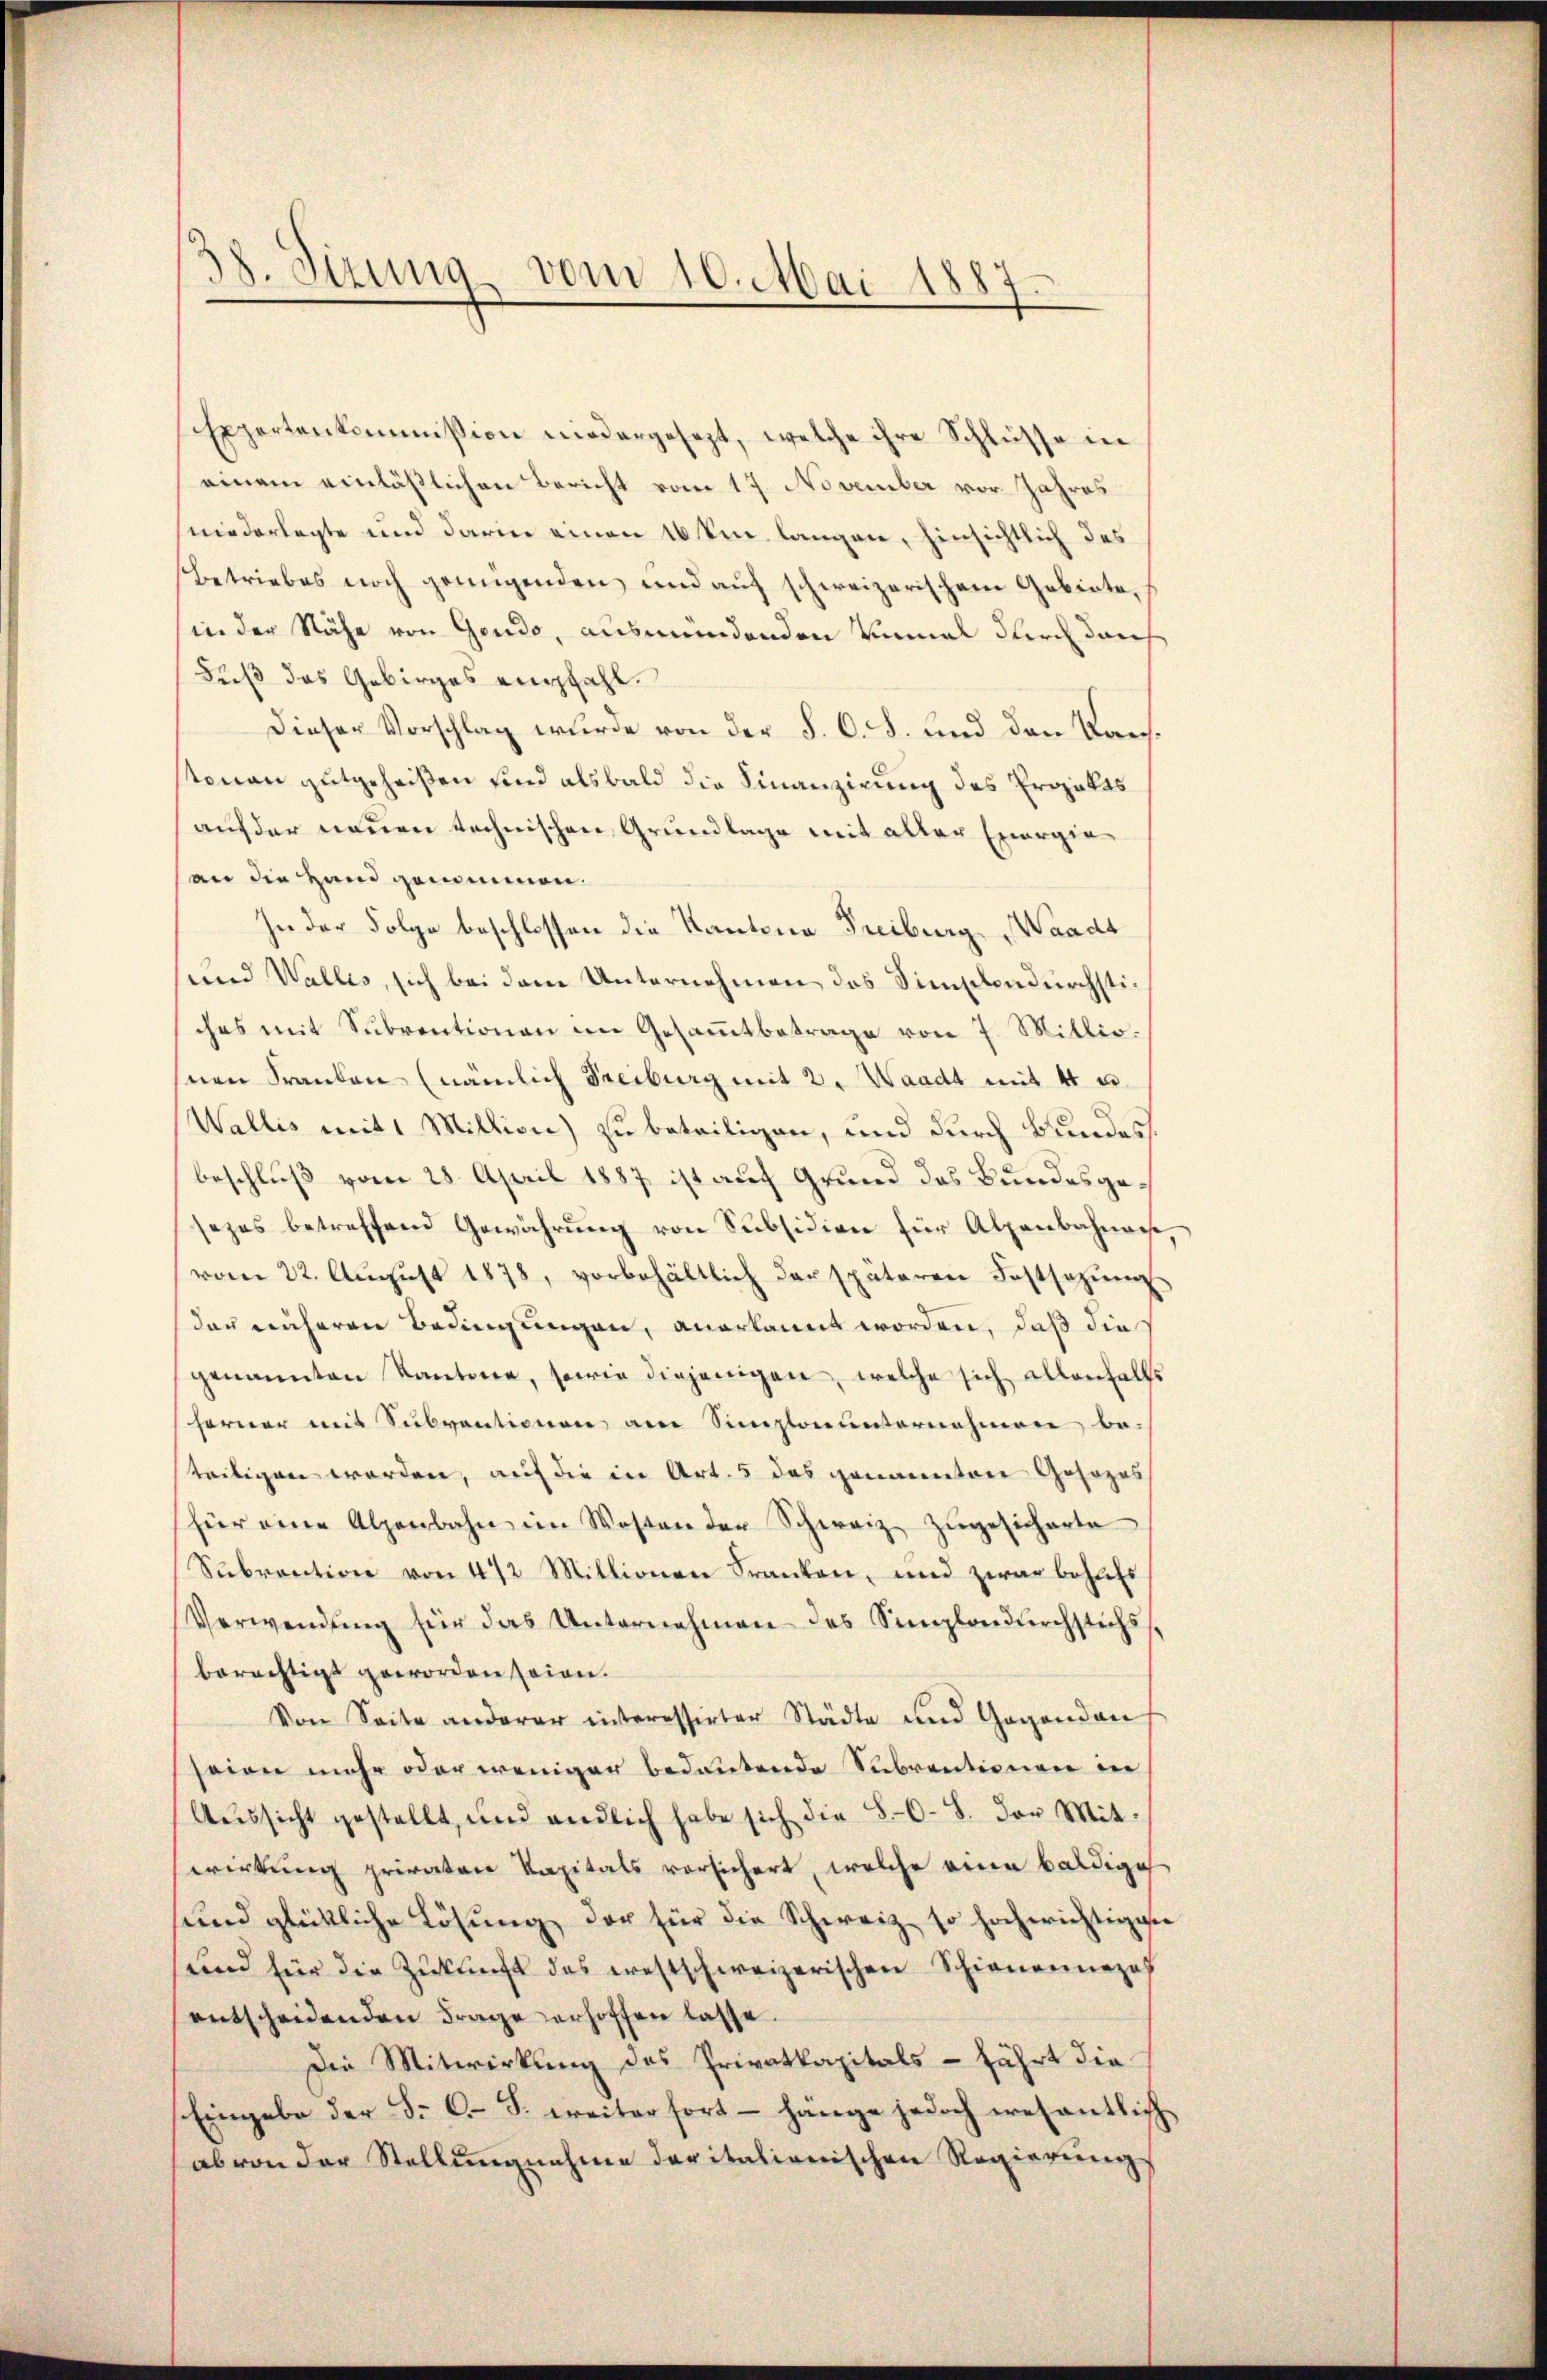
38. Sitzung vom 10. Mai 1887

Expertenkommission niedergesezt, welche ihre Schlüsse in
einem einläßlichen Bericht vom 17. November vor Jahres
niederlegte und darin einen 10 km langen, hinsichtlich des
Betriebes noch genügenden und auf schweizerischem Gebiete,
in der Nähe von Gendo, ausmündenden Vinal durch durch
Fuß das Gebirges empfahl.
Dieser Vorschlag wurde von der §. C. S. und den Kantonen gutgeheißen sind alsbald die Finanzirung des Projekts
auf der neuen technischen Grundlage mit aller Energiean die Hand genommen.
In der Folge beschlossen die Kantone Freiburg Waadt
und Wallis, sich bei dem Unternehmen das Simplondurchstiches mit Subventionen im Gesammtbetrage von 7. Mitlio.
nen Franken (nämlich Freiburg mit 2. Waadt mit 44 u.
Wallis mit 1 Million) zu beteiligen, und durch Bundes.
beschluß vom 28. April 1887 ist auf Grund das Bundesgesezes betreffend Gewährung von Subsidion für Alpenbahnanse,
vom 22. Aŭgŭst 1878, vorbehältlich der späteren Festsezŭng
das näheren Bedingungen, anerkannt worden, daß die
genannten Kantone, sowie diejenigen, welche sich allenfalls
ferner mit Subventionen am Simploieŭnternahmen be-
steiligen worden, auf die in Art. 5 das genannten Gosozes
für eine Alpenbahn im Westen der Schweiz zŭgesicherte
Subvention von 472 Mittionen Franken, und zwar behufs
Verwendŭng für das Unternehmen des Semplondŭrchstichs,
berechtigt geworden seien.
Von Seite anderer interessirter Städte und Gegenden
seien mehr oder weniger bedeutende Subventionen in
Aussicht gestellt, und endlich habe sich die 80. 8. der Mitwirkung privaten Kapitals vorsichert, welche eine baldige
sund glückliche Lösung der für die Schweiz so hocherichtigen
und für die Zukunft das ernstschweizerischen Schienennepos
entscheidenden Frage erhoffen lasse.
Die Mitwirkung des Privatkapitals - fährt die
Eingabe der B. C. F. weiter fort hange jedoch wesentlich
ab von der Stellungnahme daritalienischen Regierungs